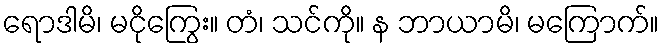
ရောဒါမိ၊ မငိုကြွေး။ တံ၊ သင်ကို။ န ဘာယာမိ၊ မကြောက်။